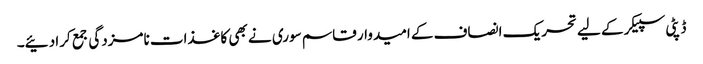
ڈپٹی سپیکر کے لیے تحریک انصاف کے امیدوار قاسم سوری نے بھی کاغذات نامزدگی جمع کرا دئیے۔